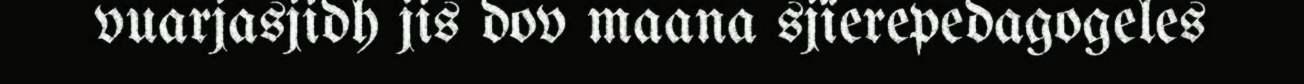
vuarjasjidh jis dov maana sjïerepedagogeles